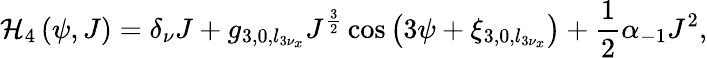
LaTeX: \mathcal{H}_{4}\left(\psi,J\right)=\delta_{\nu}J+g_{3,0,l_{3\nu_{x}}}J^{\frac{3}{2}}\cos\left(3\psi+\xi_{3,0,l_{3\nu_{x}}}\right)+\frac{1}{2}\alpha_{-1}J^{2},